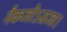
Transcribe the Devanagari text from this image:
नैकजोऽग्रजः।